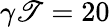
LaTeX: \gamma\mathscr{T}=20